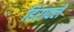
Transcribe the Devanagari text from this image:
हिरावले